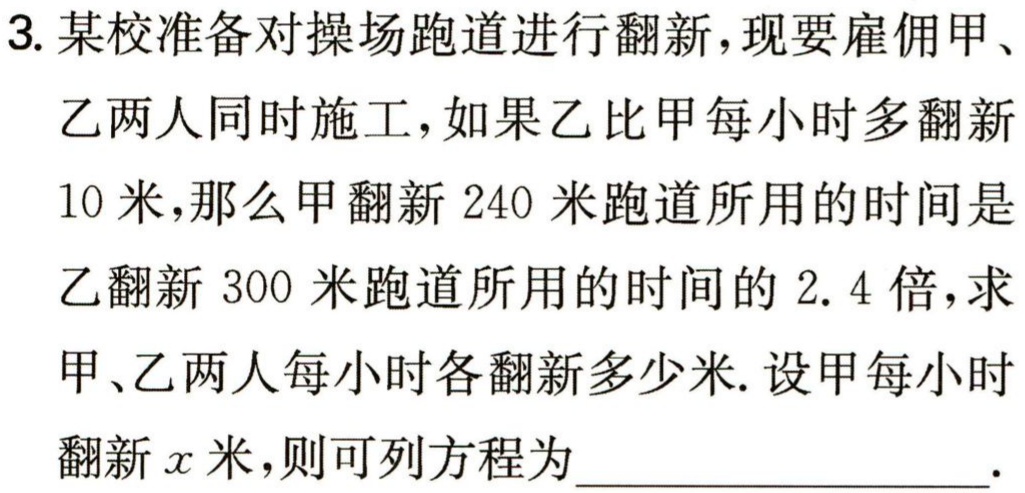
设甲每小时翻新\(x\)米，因为乙比甲每小时多翻新\(10\)米，则乙每小时翻新\((x + 10)\)米。

甲翻新\(240\)米所用时间为\(\frac{240}{x}\)小时，乙翻新\(300\)米所用时间为\(\frac{300}{x + 10}\)小时。

已知甲翻新\(240\)米跑道所用的时间是乙翻新\(300\)米跑道所用时间的\(2.4\)倍，则可列方程为：\(\frac{240}{x}=2.4\times\frac{300}{x + 10}\)